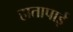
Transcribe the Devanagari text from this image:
हातापाई